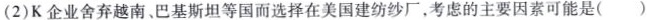
(2) K 企业舍弃越南巴基斯坦等国而选择在美国建纺纱厂，考虑的主要因素可能是()